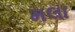
મલા